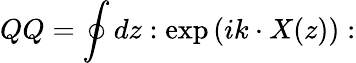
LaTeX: QQ=\oint dz:\exp\left(ik\cdot X(z)\right):